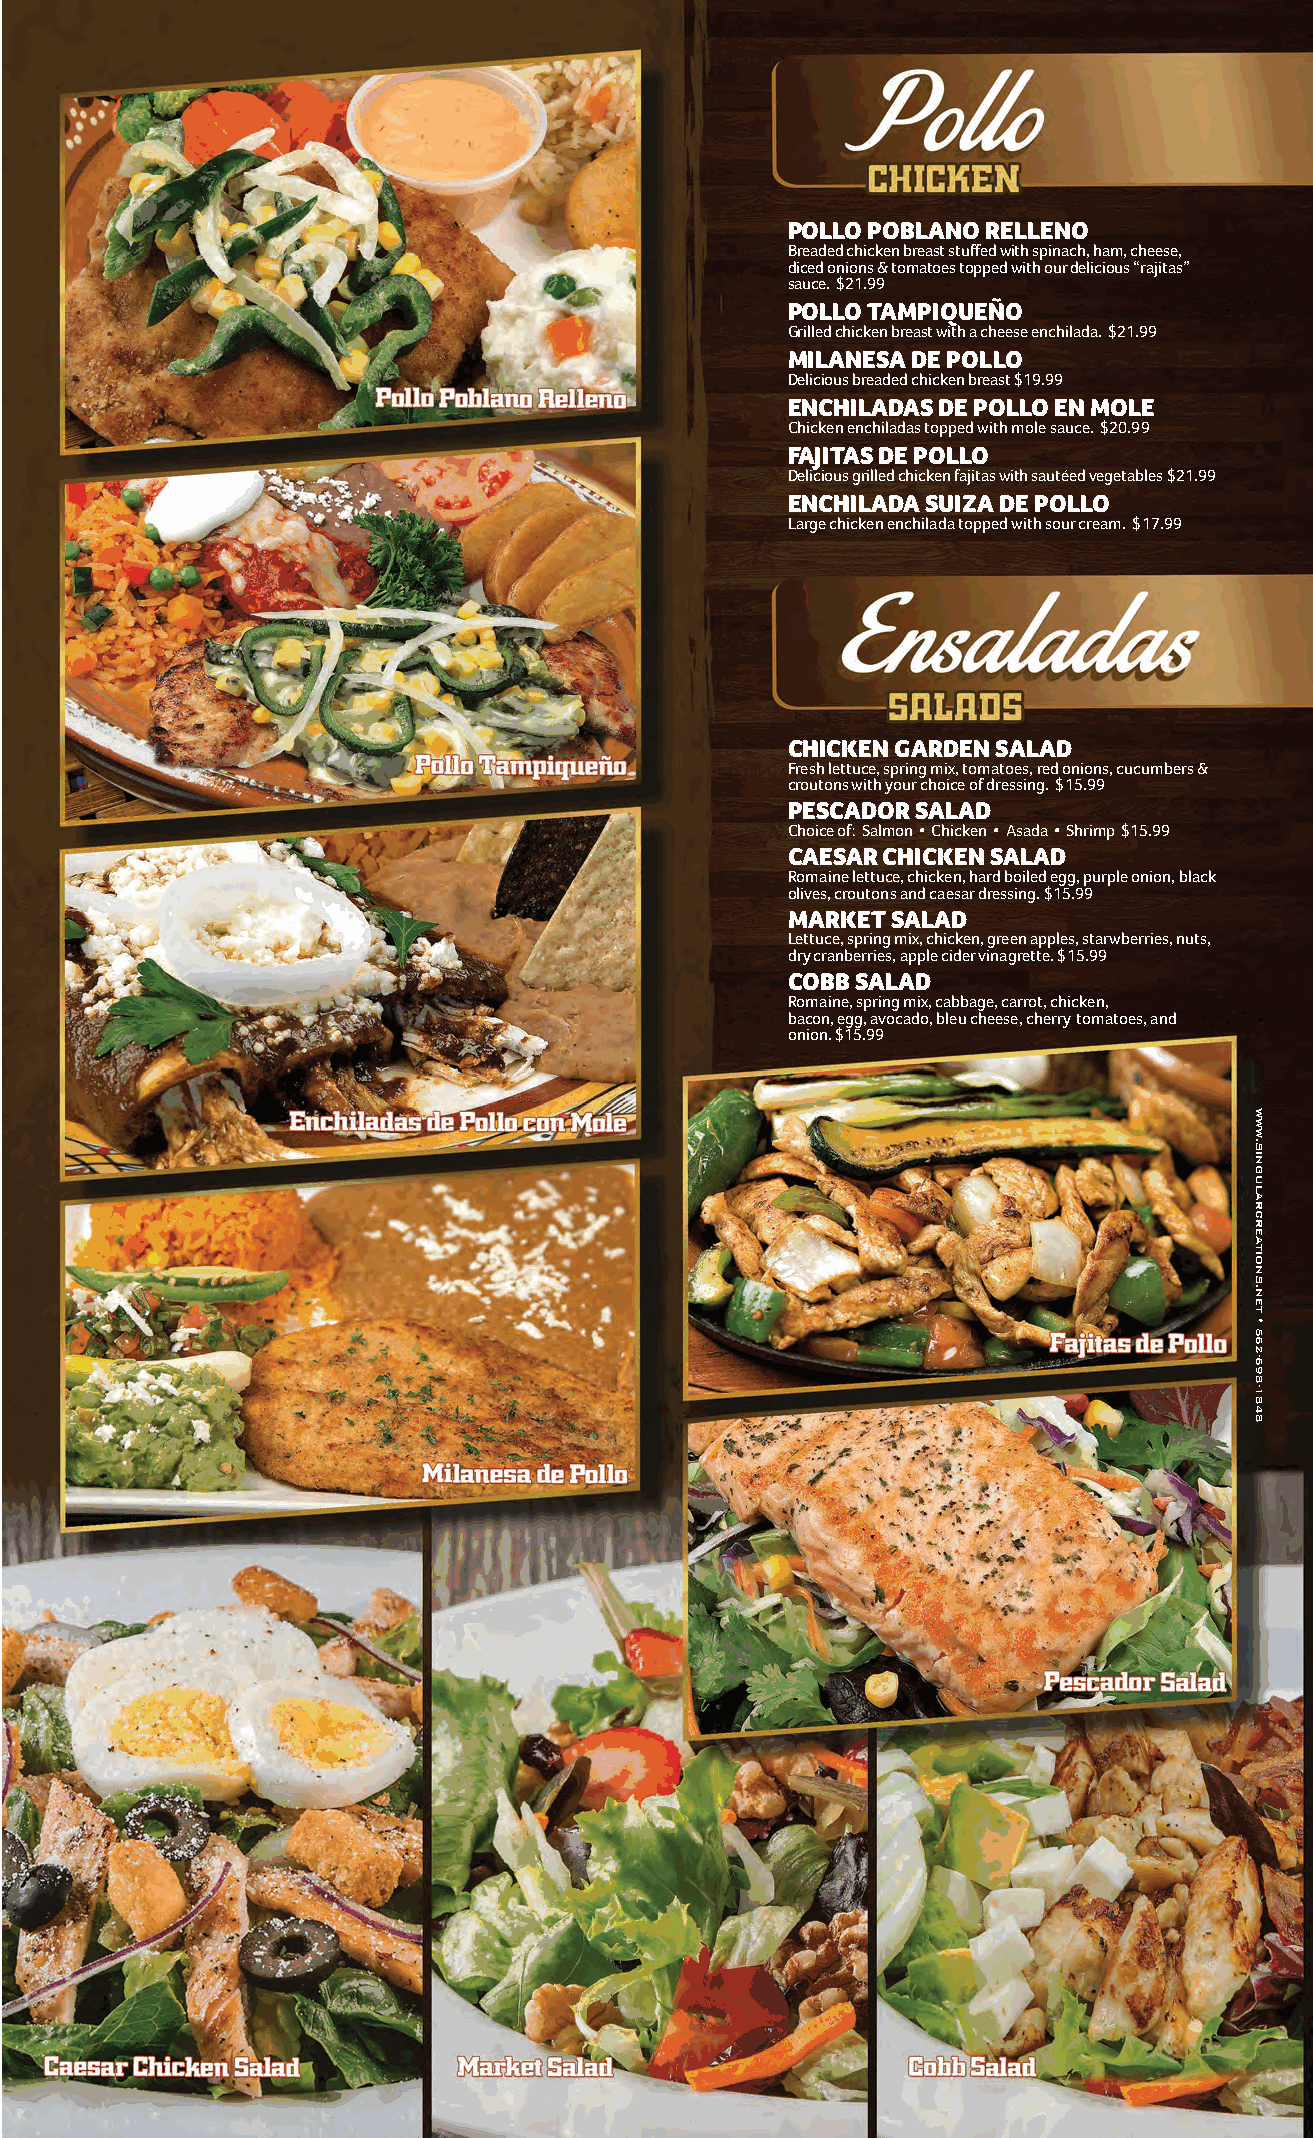
POLLO POBLANO RELLENO
 Breaded chicken breast stuffed with spinach, ham, cheese,
 diced onions & tomatoes topped with our delicious “rajitas”
 sauce. $21.99
 POLLO TAMPIQUEÑO
 Grilled chicken breast with a cheese enchilada. $21.99
 MILANESA DE POLLO
 Delicious breaded chicken breast $19.99
 ENCHILADAS DE POLLO EN MOLE
 Chicken enchiladas topped with mole sauce. $20.99
 FAJITAS DE POLLO
 Delicious grilled chicken fajitas with sautéed vegetables $21.99
 ENCHILADA SUIZA DE POLLO
 Large chicken enchilada topped with sour cream. $17.99
 CHICKEN GARDEN SALAD
 Fresh lettuce, spring mix, tomatoes, red onions, cucumbers &
 croutons with your choice of dressing. $15.99
 PESCADOR SALAD
 Choice of: Salmon • Chicken • Asada • Shrimp $15.99
 CAESAR CHICKEN SALAD
 Romaine lettuce, chicken, hard boiled egg, purple onion, black
 olives, croutons and caesar dressing. $15.99
 MARKET SALAD
 Lettuce, spring mix, chicken, green apples, starwberries, nuts,
 dry cranberries, apple cider vinagrette. $15.99
 COBB SALAD
 Romaine, spring mix, cabbage, carrot, chicken,
 bacon, egg, avocado, bleu cheese, cherry tomatoes, and
 onion. $15.99
 WWW.SINGULARCREATIONS.NET
 •
 562-698-1848